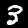
Label: 3